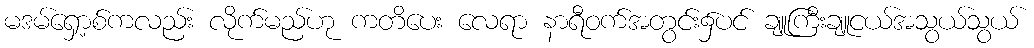
မဒမ်ရှော့စ်ကလည်း လိုက်မည်ဟု ကတိပေး လေရာ နာရီဝက်အတွင်း၌ပင် ချူကြီးချူငယ်အသွယ်သွယ်